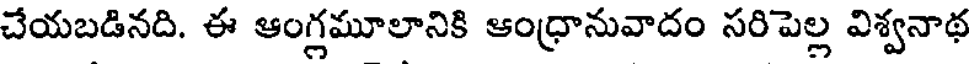
చేయబడినది. ఈ ఆంగ్లమూలానికి ఆంధ్రానువాదం సరిపెల్ల విశ్వనాథ